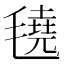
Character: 𬇆